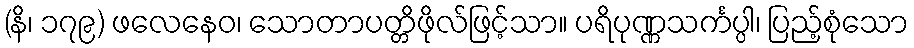
(နိ၊ ၁၇၉) ဖလေနေဝ၊ သောတာပတ္တိဖိုလ်ဖြင့်သာ။ ပရိပုဏ္ဏသင်္ကပ္ပါ၊ ပြည့်စုံသော